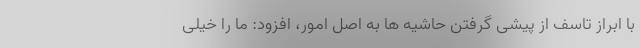
با ابراز تاسف از پیشی گرفتن حاشیه ها به اصل امور، افزود: ما را خیلی